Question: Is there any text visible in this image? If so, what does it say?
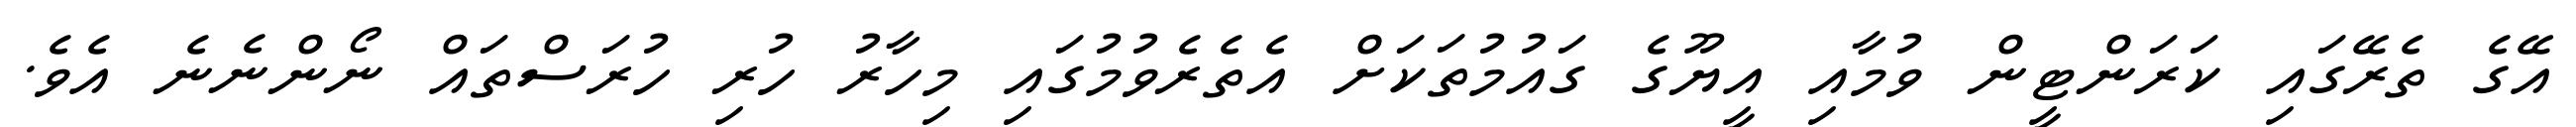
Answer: އޭގެ ތެރޭގައި ކަރަންޓީން ވުމާއި އީޔޫގެ ގައުމުތަކަށް އެތެރެވުމުގައި މިހާރު ހުރި ހުރަސްތައް ނޯންނެނެ އެވެ.